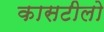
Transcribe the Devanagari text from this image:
कासटीलो